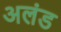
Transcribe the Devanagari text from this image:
अलंड